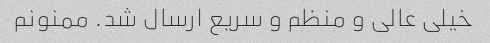
خیلی عالی و منظم و سریع ارسال شد. ممنونم